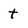
Character: t